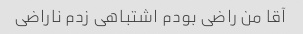
آقا من راضی بودم اشتباهی زدم ناراضی